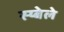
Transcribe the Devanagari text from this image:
स्य्बेले